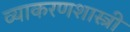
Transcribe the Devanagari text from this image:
व्याकरणशास्त्री